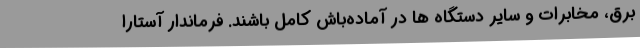
برق، مخابرات و سایر دستگاه ها در آماده‌باش کامل باشند. فرماندار آستارا